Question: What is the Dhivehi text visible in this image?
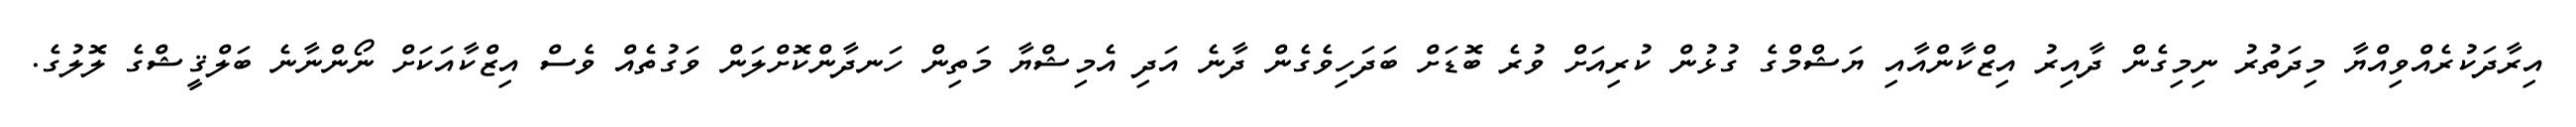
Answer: އިރާދަކުރެއްވިއްޔާ މިދަތުރު ނިމިގެން ދާއިރު އިޒްކާންއާއި ޔަޝްމްގެ ގުޅުން ކުރިއަށް ވުރެ ބޮޑަށް ބަދަހިވެގެން ދާނެ އަދި އެމިޝްޔާ މަތިން ހަނދާންކޮށްލަން ވަގުތެއް ވެސް އިޒްކާއަކަށް ނޯންނާނެ ބަލްޤީޝްގެ ލޮލުގެ.